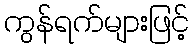
ကွန်ရက်များဖြင့်